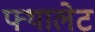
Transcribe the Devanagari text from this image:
फ्थालेट